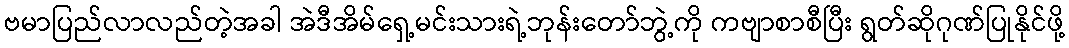
ဗမာပြည်လာလည်တဲ့အခါ အဲဒီအိမ်ရှေ့မင်းသားရဲ့ဘုန်းတော်ဘွဲ့ကို ကဗျာစာစီပြီး ရွတ်ဆိုဂုဏ်ပြုနိုင်ဖို့